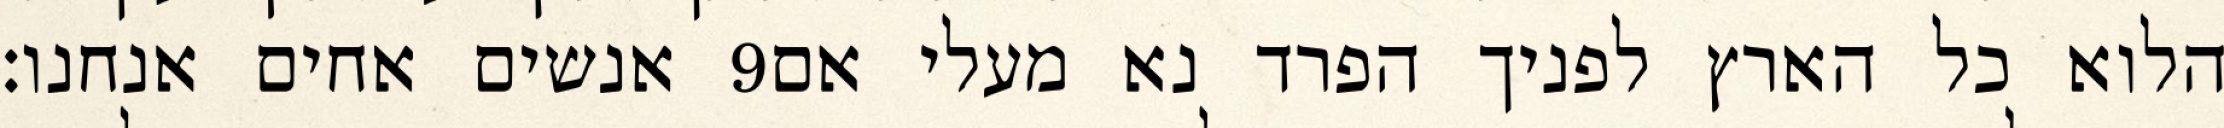
אנשים אחים אנחנו׃ ‎9‏ הלוא כל הארץ לפניך הפרד נא מעלי אם